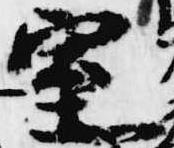
室